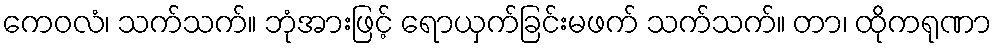
ကေဝလံ၊ သက်သက်။ ဘုံအားဖြင့် ရောယှက်ခြင်းမဖက် သက်သက်။ တာ၊ ထိုကရုဏာ